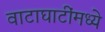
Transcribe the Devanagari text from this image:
वाटाघाटींमध्ये